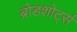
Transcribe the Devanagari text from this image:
ब्रोडशोर्ट्स